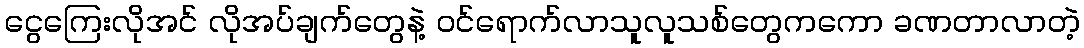
ငွေကြေးလိုအင် လိုအပ်ချက်တွေနဲ့ ဝင်ရောက်လာသူလူသစ်တွေကကော ခဏတာလာတဲ့